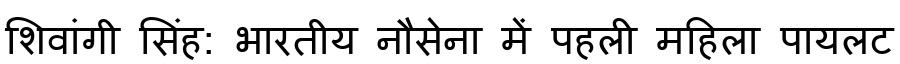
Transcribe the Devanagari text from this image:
शिवांगी सिंह: भारतीय नौसेना में पहली महिला पायलट